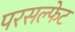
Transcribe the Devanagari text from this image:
परसल्फेट